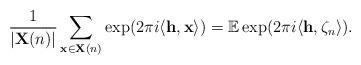
LaTeX: \begin{align*}\frac1{|\mathbf X(n)|}\sum\limits_{\mathbf x\in \mathbf X(n)} \exp(2\pi i \langle \mathbf{h},\mathbf{x} \rangle)=\mathbb E\exp(2\pi i \langle \mathbf{h}, \zeta_n\rangle).\end{align*}